Annual report on the Civil Veterinary Department, Burma (including the Insein Veterinary School) - 1910-1922
Year: 1910
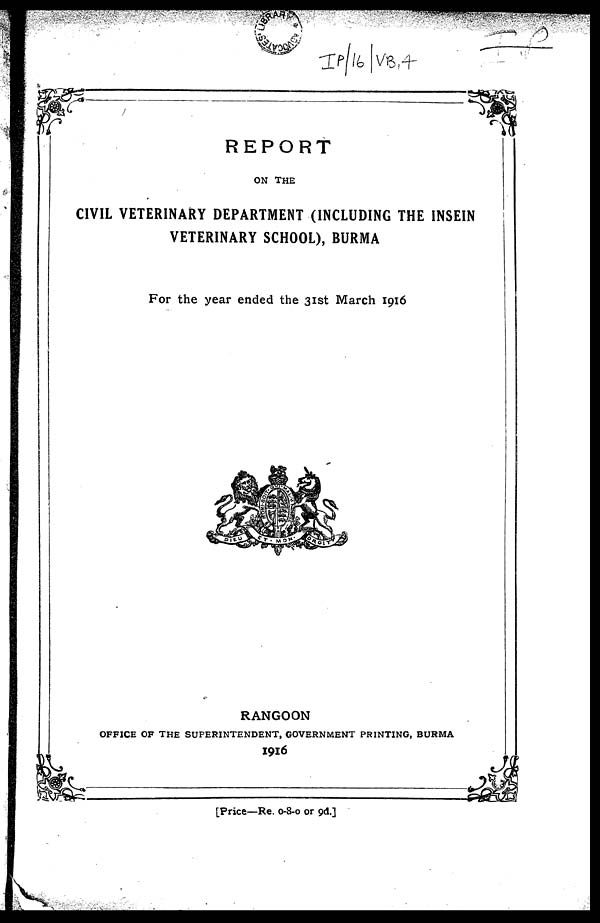
REPORT
ON THE
CIVIL VETERINARY DEPARTMENT (INCLUDING THE INSEIN
VETERINARY SCHOOL), BURMA
For the year ended the 31st March 1916
RANGOON
OFFICE OF THE SUPERINTENDENT, GOVERNMENT PRINTING, BURMA
1916
[Price—Re. 0-8-0 or 9d.]